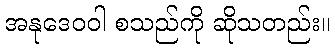
အနုဒေဝဝါ စသည်ကို ဆိုသတည်း။